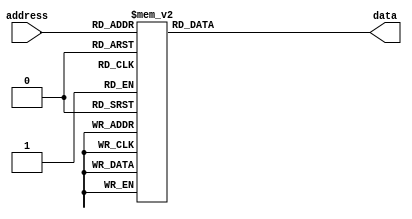
module rom (
    input  wire         [address_width-1:0] address,
    output reg  [data_width-1:0] data
);

parameter memory_size   = 16;
parameter address_width = 4;
parameter data_width    = 8;
parameter init_values   = {8'h00, 8'h11, 8'h22, 8'h33, 8'h44, 8'h55, 8'h66, 8'h77, 8'h88, 8'h99, 8'haa, 8'hbb, 8'hcc, 8'hdd, 8'hee, 8'hff};

always @(address) begin
    case(address)
        0: data <= init_values[0];
        1: data <= init_values[1];
        2: data <= init_values[2];
        3: data <= init_values[3];
        4: data <= init_values[4];
        5: data <= init_values[5];
        6: data <= init_values[6];
        7: data <= init_values[7];
        8: data <= init_values[8];
        9: data <= init_values[9];
        10: data <= init_values[10];
        11: data <= init_values[11];
        12: data <= init_values[12];
        13: data <= init_values[13];
        14: data <= init_values[14];
        15: data <= init_values[15];
        default: data <= 8'h00; // default value if address is out of range
    endcase
end

endmodule